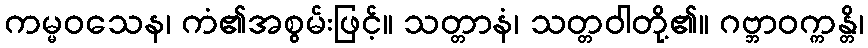
ကမ္မဝသေန၊ ကံ၏အစွမ်းဖြင့်။ သတ္တာနံ၊ သတ္တဝါတို့၏။ ဂဗ္ဘာဝက္ကန္တိ၊